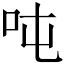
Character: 吨